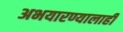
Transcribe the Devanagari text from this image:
अभयारण्यालाही